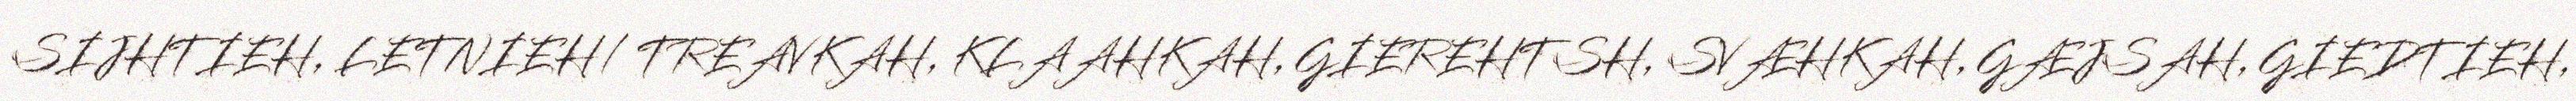
SIJHTIEH, LETNIEH/ TREAVKAH, KLAAHKAH, GIEREHTSH, SVÆHKAH, GÆJSAH, GIEDTIEH,